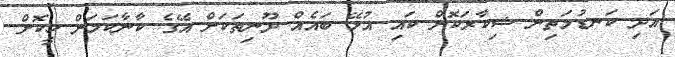
އަދި ކަނޑުމަތިން ޝިކާރަކޮށް ކައި އުޅޭ ބައެއް ދޫނިތަކަށް އޭގެ ކާނާކަމަށް ހީކޮށް